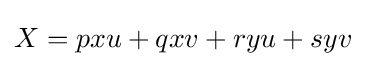
X=pxu+qxv+ryu+syv